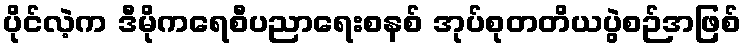
ပိုင်လဲ့က ဒီမိုကရေစီပညာရေးစနစ် အုပ်စုတတိယပွဲစဉ်အဖြစ်